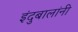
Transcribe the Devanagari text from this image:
इंदुबालांनी